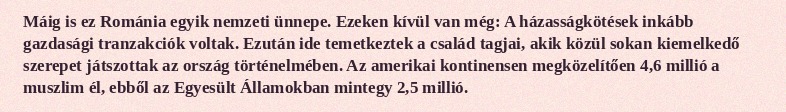
Máig is ez Románia egyik nemzeti ünnepe. Ezeken kívül van még: A házasságkötések inkább gazdasági tranzakciók voltak. Ezután ide temetkeztek a család tagjai, akik közül sokan kiemelkedő szerepet játszottak az ország történelmében. Az amerikai kontinensen megközelítően 4,6 millió a muszlim él, ebből az Egyesült Államokban mintegy 2,5 millió.